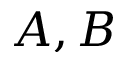
A , B